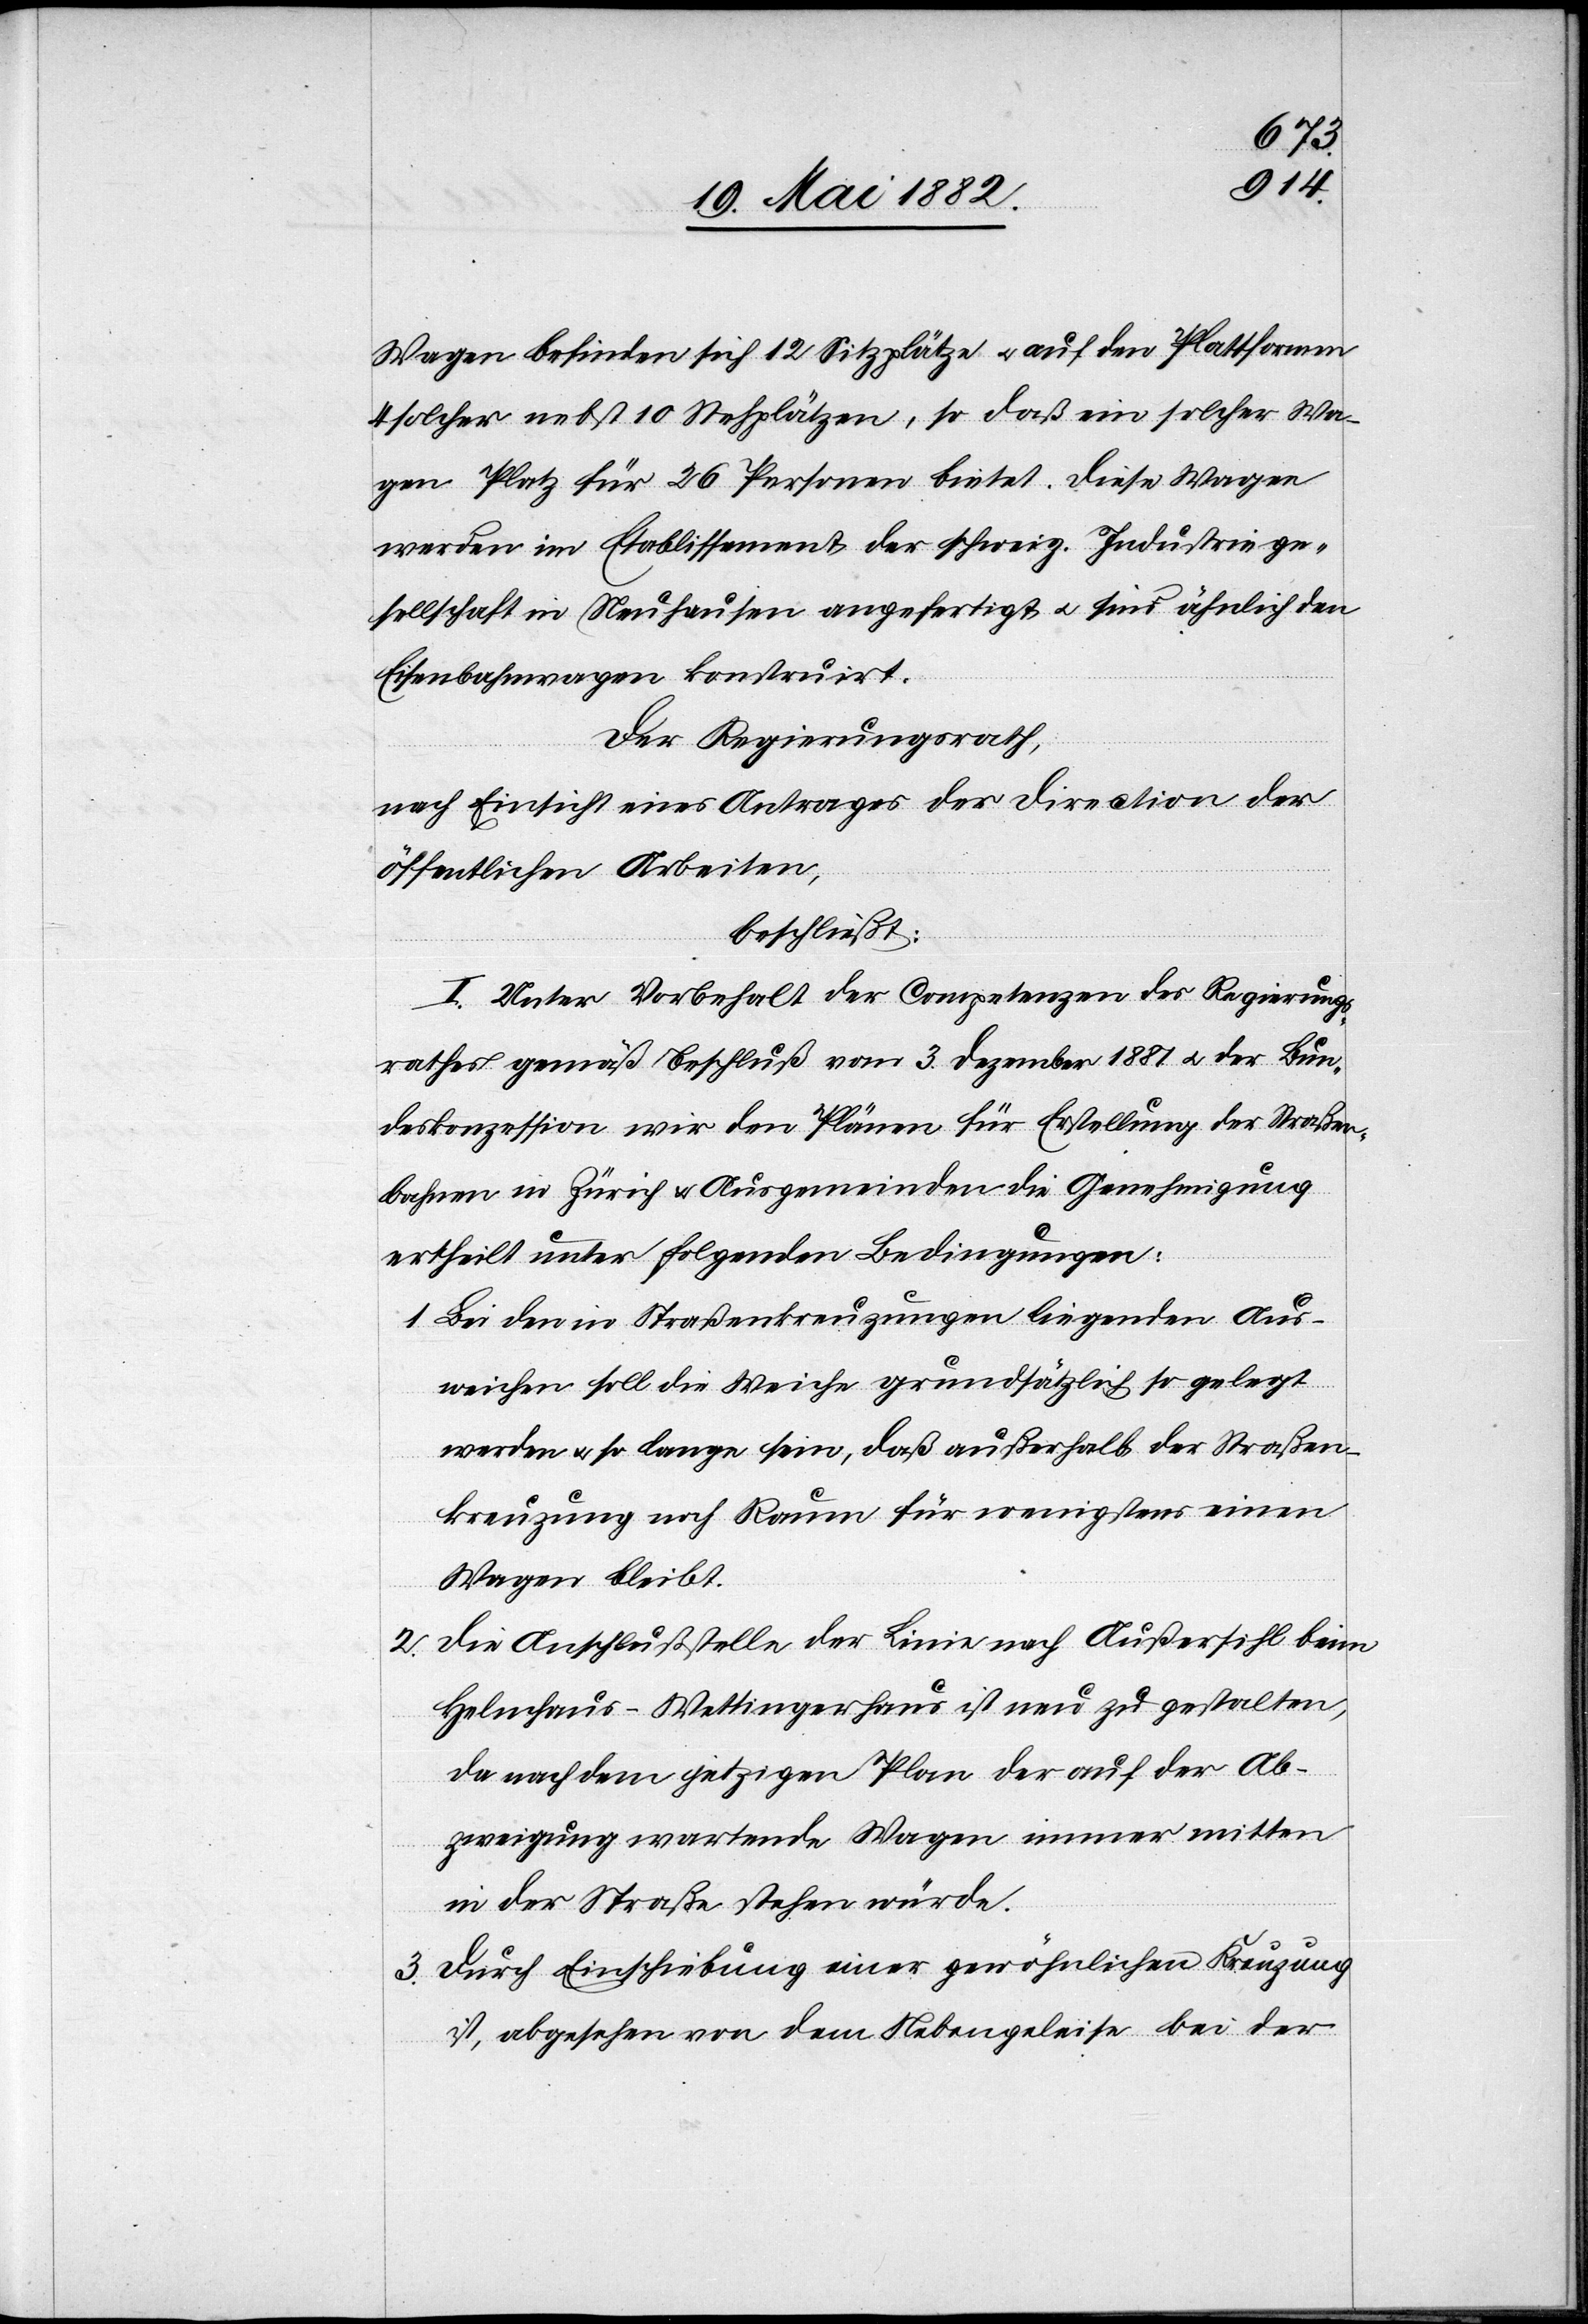
Wagen befinden sich 12 Sitzplätze u. auf den Plattformen
4 solcher nebst 10 Stehplätzen, so daß ein solcher Wa¬
gen Platz für 26 Personen bietet. Diese Wagen
werden im Etablissement der schweiz. Industriege¬
sellschaft in Neuhausen angefertigt u. sind ähnlich den
Eisenbahnwagen konstruirt.
2.
Der Regierungsrath,
nach Einsicht eines Antrages der Direction der
öffentlichen Arbeiten,
beschließt:
I. Unter Vorbehalt der Competenzen des Regierungs¬
rathes gemäß Beschluß vom 3. Dezember 1881 u. der Bun¬
deskonzession wir[d] den Plänen für Erstellung der Straßen¬
bahnen in Zürich & Ausgemeinden die Genehmigung
ertheilt unter folgenden Bedingungen:
1. Bei den in Straßenkreuzungen liegenden Aus¬
weichen solle die Weiche grundsätzlich so gelegt
werden u. so lange sein, daß außerhalb der Straßen¬
kreuzung noch Raum für wenigstens einen
Wagen bleibt.
Die Anschlußstelle der Linie nach Außersihl beim
Helmhaus - Wettingerhaus ist neu zu gestalten,
da nach dem jetzigen Plan der auf der Ab¬
zweigung wartende Wagen immer mitten
in der Straße stehen würde.
3. Durch Einschiebung einer gewöhnlichen Kreuzung
ist, abgesehen von dem Nebengeleise bei der